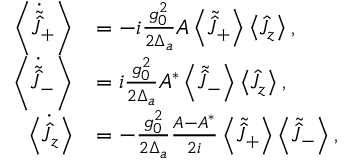
\begin{array} { r l } { \left\langle \dot { \tilde { \hat { J } } } _ { + } \right\rangle } & { = - i \frac { g _ { 0 } ^ { 2 } } { 2 \Delta _ { a } } A \left\langle \tilde { \hat { J } } _ { + } \right\rangle \left\langle \hat { J } _ { z } \right\rangle , } \\ { \left\langle \dot { \tilde { \hat { J } } } _ { - } \right\rangle } & { = i \frac { g _ { 0 } ^ { 2 } } { 2 \Delta _ { a } } A ^ { * } \left\langle \tilde { \hat { J } } _ { - } \right\rangle \left\langle \hat { J } _ { z } \right\rangle , } \\ { \left\langle \dot { \hat { J } } _ { z } \right\rangle } & { = - \frac { g _ { 0 } ^ { 2 } } { 2 \Delta _ { a } } \frac { A - A ^ { * } } { 2 i } \left\langle \tilde { \hat { J } } _ { + } \right\rangle \left\langle \tilde { \hat { J } } _ { - } \right\rangle , } \end{array}